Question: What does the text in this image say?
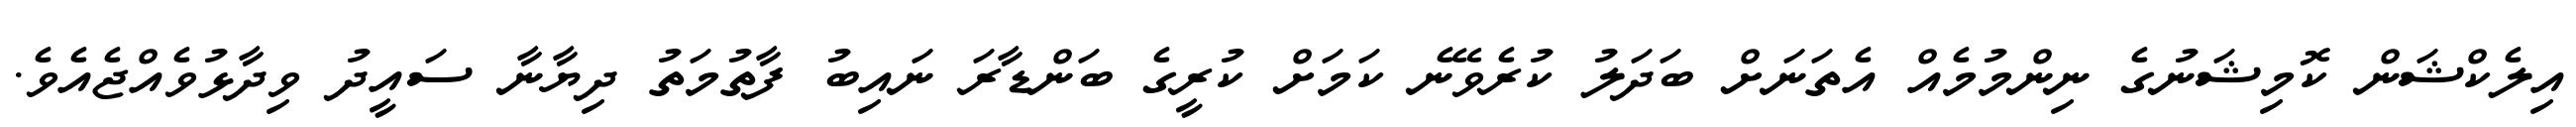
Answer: އިލެކްޝަން ކޮމިޝަނުގެ ނިންމުމެއް އެތަނަށް ބަދަލު ކުރެވޭނެ ކަމަށް ކުރީގެ ބަންޑާރަ ނައިބު ފާތުމަތު ދިޔާނާ ސައީދު ވިދާޅުވެއްޖެއެވެ.